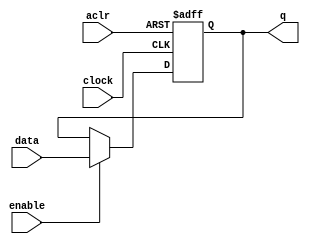
// synopsys translate_off
`timescale 1 ps / 1 ps
// synopsys translate_on
module register_8bit (
	aclr,
	clock,
	data,
	enable,
	q);

	input	  aclr;
	input	  clock;
	input	[7:0]  data;
	input	  enable;
	output reg	[7:0]  q;
	
	always @(posedge clock, posedge aclr)
	begin
		if (aclr)
			q <= 8'b0;
		else if (enable)
			q <= data;
	end

endmodule